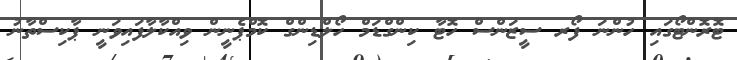
ޓޮރޮންޓޯގައި ހުންނަ ފޯރ ސީޒަންސް ހޮޓާ ކިންގްޑަމް ހޯލްޑިންގް ކޮމްޕެނީން ވިއްކާލާފައިވަނީ ޕާކިސްތާނު